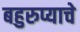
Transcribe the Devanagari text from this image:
बहुरुप्याचे